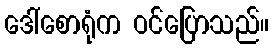
ဒေါ်စောရုံက ဝင်ပြောသည်။